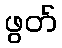
ဖွတ်